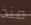
منذ